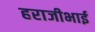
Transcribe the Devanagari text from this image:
हराजीभाई